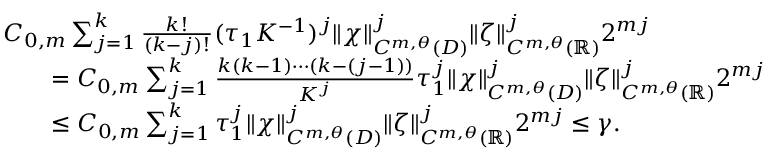
\begin{array} { r l } & { C _ { 0 , m } \sum _ { j = 1 } ^ { k } \frac { k ! } { ( k - j ) ! } ( \tau _ { 1 } K ^ { - 1 } ) ^ { j } \Vert \chi \Vert _ { C ^ { m , \theta } ( D ) } ^ { j } \Vert \zeta \Vert _ { C ^ { m , \theta } ( \mathbb { R } ) } ^ { j } 2 ^ { m j } } \\ & { \qquad = C _ { 0 , m } \sum _ { j = 1 } ^ { k } \frac { k ( k - 1 ) \cdots ( k - ( j - 1 ) ) } { K ^ { j } } \tau _ { 1 } ^ { j } \Vert \chi \Vert _ { C ^ { m , \theta } ( D ) } ^ { j } \Vert \zeta \Vert _ { C ^ { m , \theta } ( \mathbb { R } ) } ^ { j } 2 ^ { m j } } \\ & { \qquad \leq C _ { 0 , m } \sum _ { j = 1 } ^ { k } \tau _ { 1 } ^ { j } \Vert \chi \Vert _ { C ^ { m , \theta } ( D ) } ^ { j } \Vert \zeta \Vert _ { C ^ { m , \theta } ( \mathbb { R } ) } ^ { j } 2 ^ { m j } \leq \gamma . } \end{array}